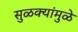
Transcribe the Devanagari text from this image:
सुळक्यांमुळे